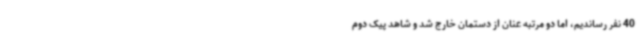
40 نفر رساندیم، اما دو مرتبه عنان از دستمان خارج شد و شاهد پیک دوم